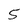
Character: 5